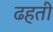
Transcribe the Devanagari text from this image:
ढहती